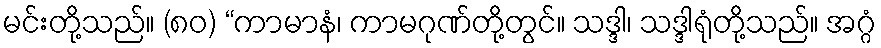
မင်းတို့သည်။ (၈၀) “ကာမာနံ၊ ကာမဂုဏ်တို့တွင်။ သဒ္ဒါ၊ သဒ္ဒါရုံတို့သည်။ အဂ္ဂံ